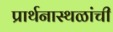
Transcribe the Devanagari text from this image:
प्रार्थनास्थळांची